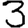
Digit: 3